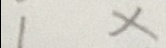
1 x